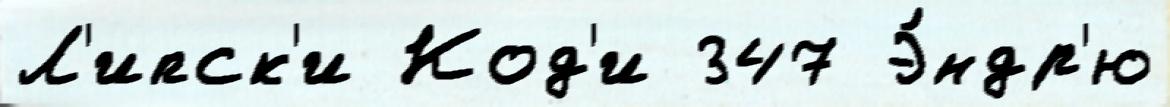
Л'ипск'и Код'и 347 Э́ндр'ю